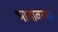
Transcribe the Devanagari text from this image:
भावावस्था